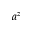
a ^ { z }